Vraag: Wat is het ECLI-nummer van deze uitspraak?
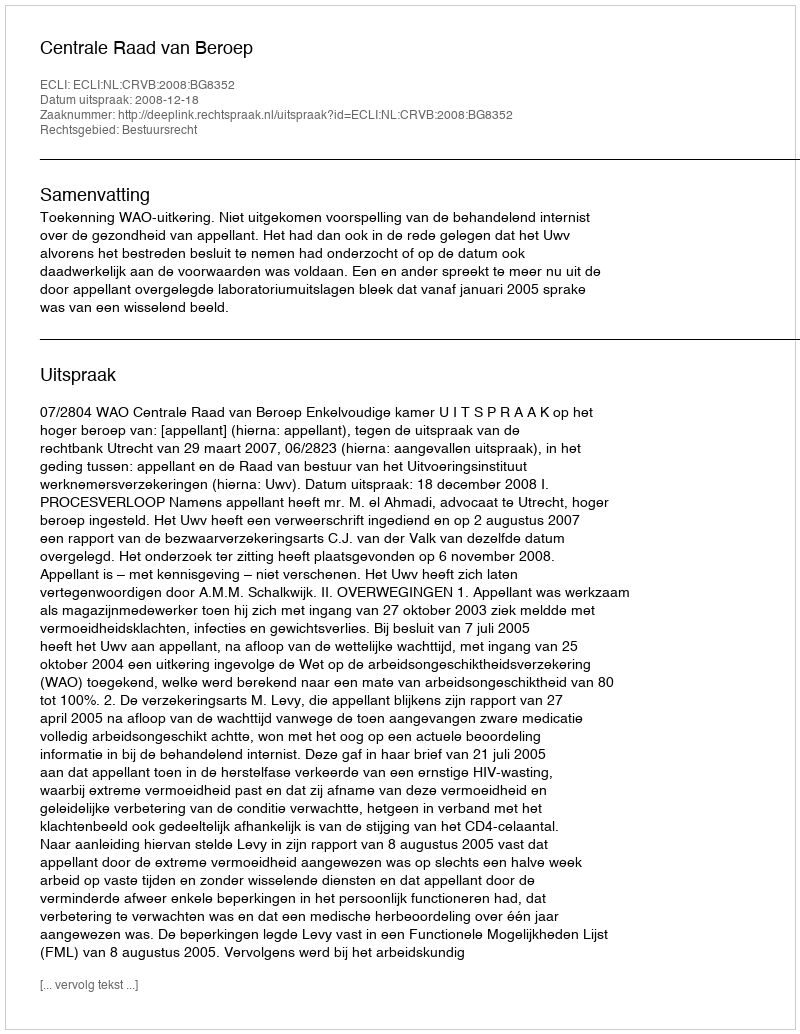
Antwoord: ECLI:NL:CRVB:2008:BG8352